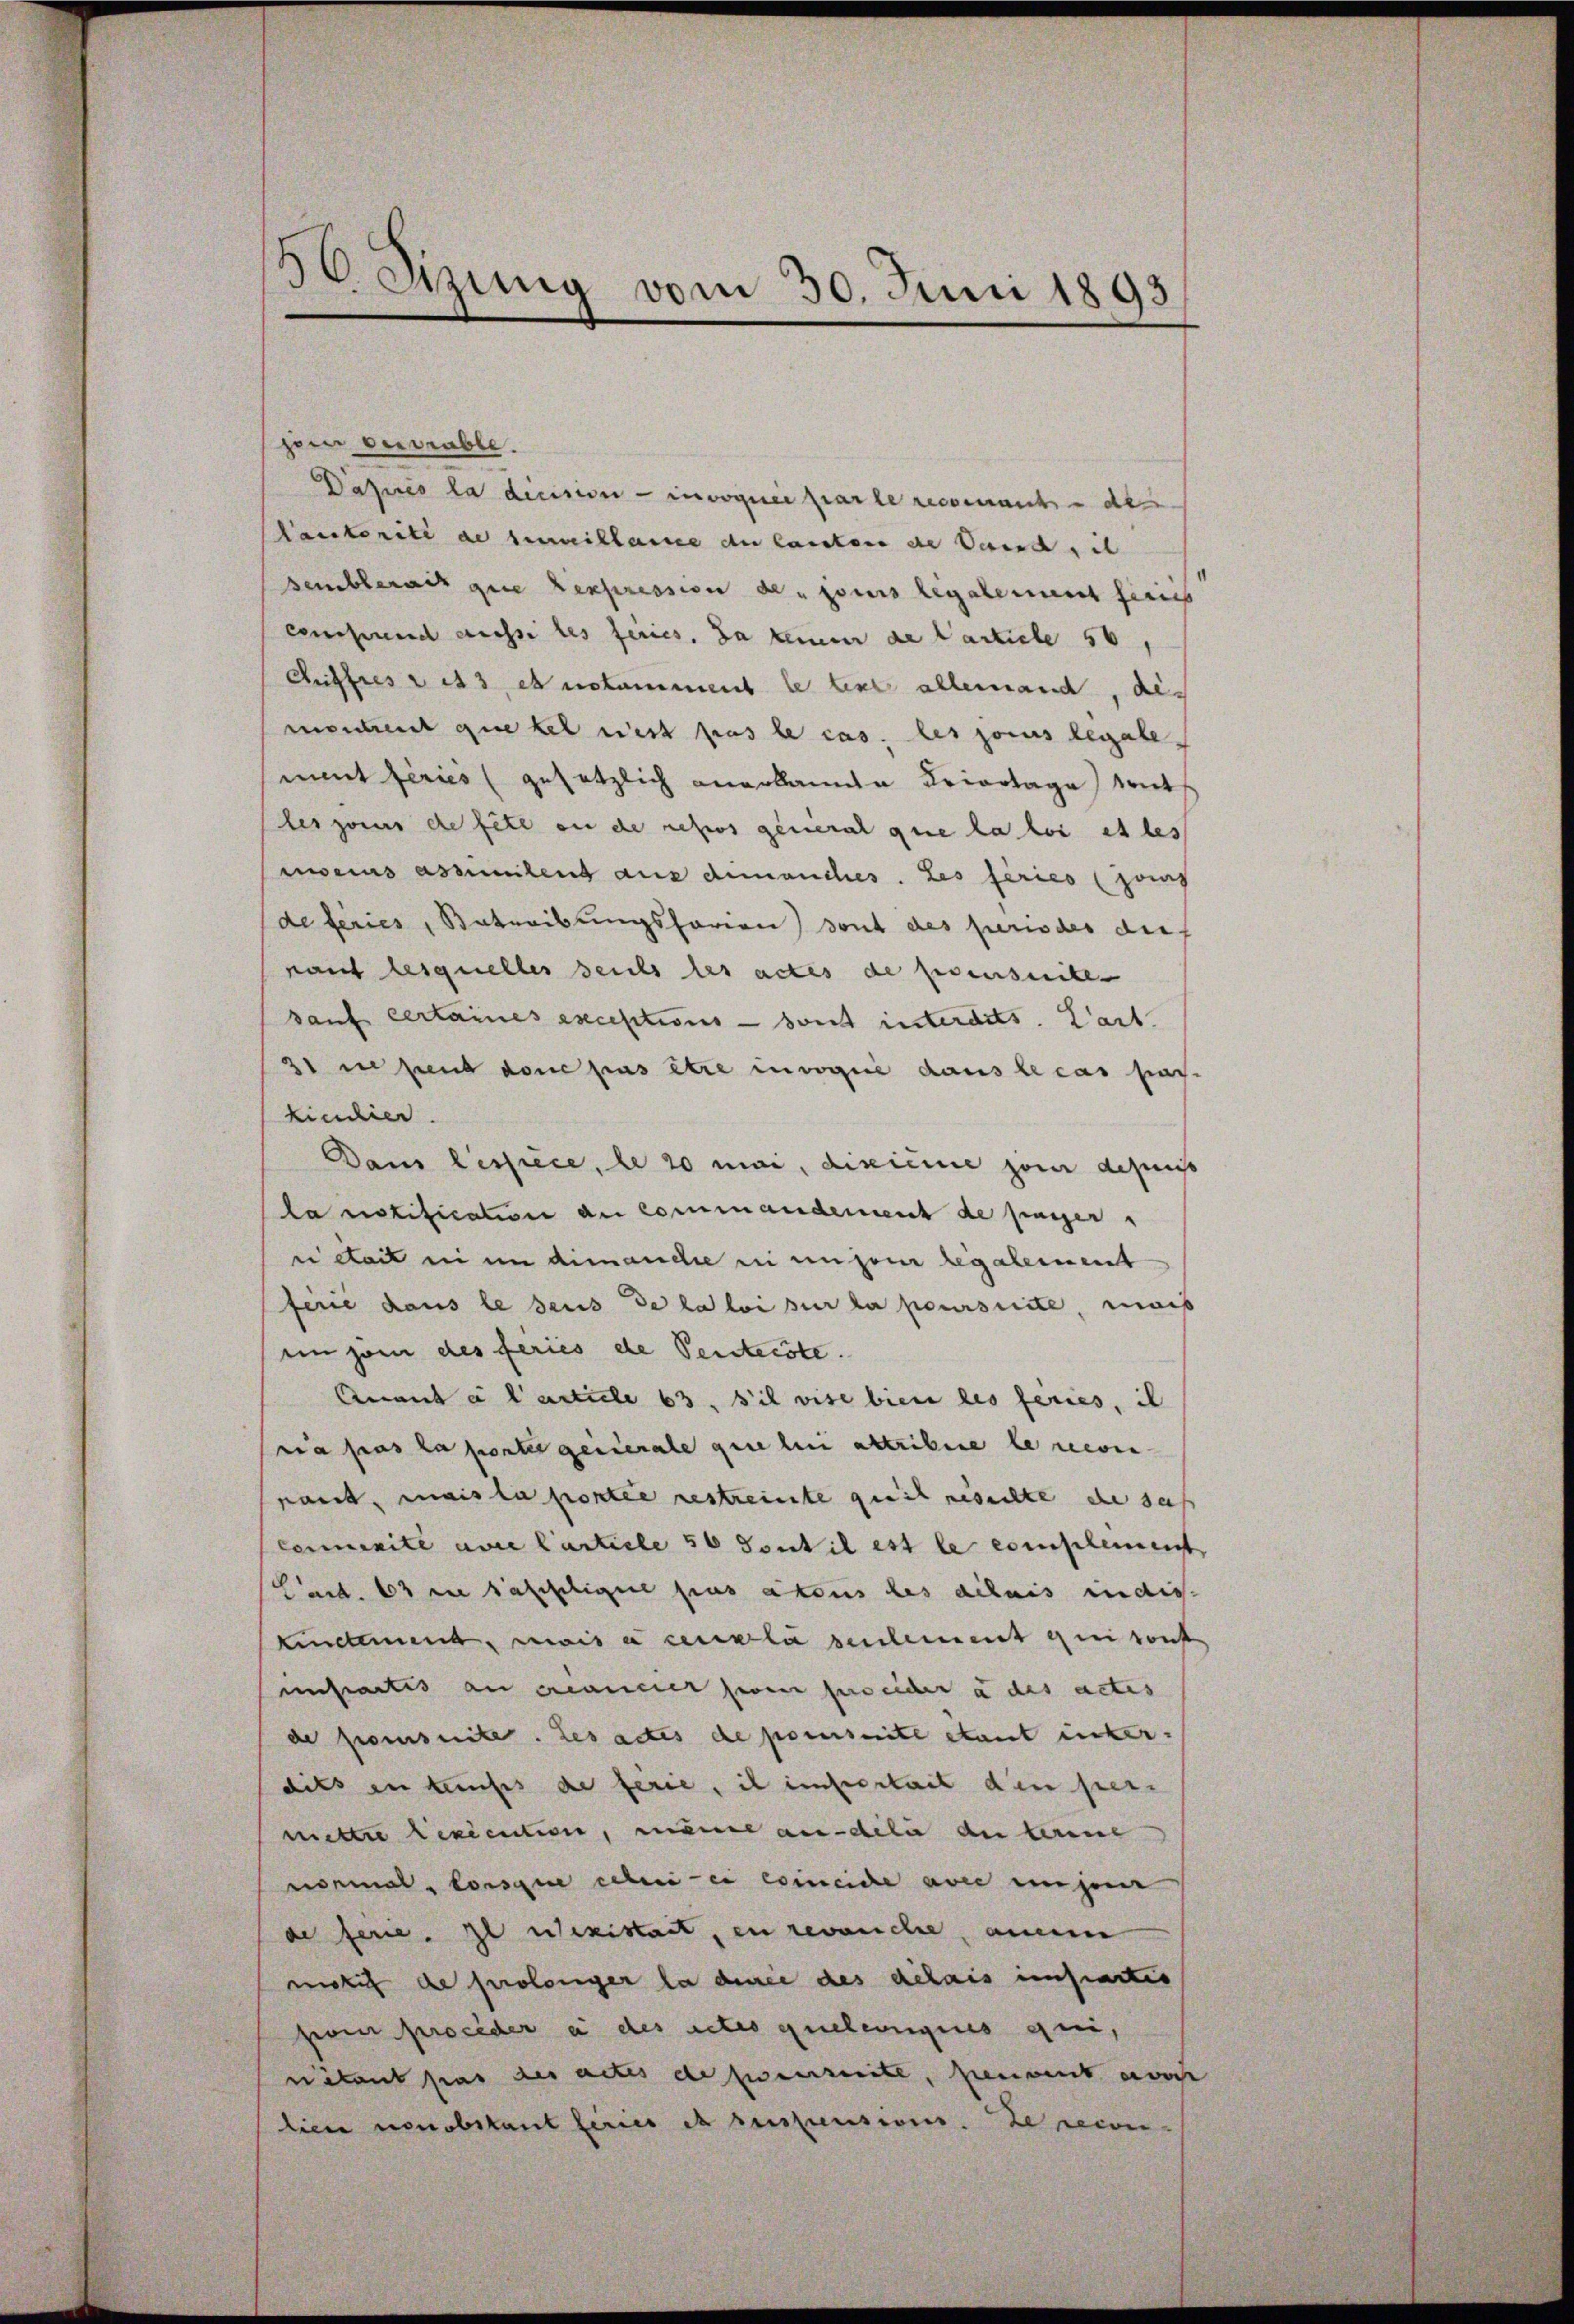
30. Sizung vom 30. Juni 1893

peen verable.
Dasuis la decision - invoquée par le recomant des
autorité de surveillanne de lauten die Serend, is
semblerach que expression de pouis legalement firnis
consund aussi les feries, da keinen de Particle 50
Affres et 3, et notamment le text allemand, dis
manchent quekel nit pas le cas, les sous legalement feries (gesetzlich anerkannte Kriertage wirt
les sous de file an de repros general que la loi et les
mocius assimilens aus demanches. Les feries auf
de Feries, Betreibungsforien) dont des periodes dienant lesquelles seits des actes de penseite
sauf certaines excestions - sont interdits. Lart.
21 in send den pas être invoque dans le cas paskindier.
Dam Cessiece, le 20 mai, dixicie zum depuiss
la notification an Commandement de fasser
ei Statt in in dimanche in anzen legalement
fene dans le seus de la loi sur la poursuite, mais
einsam des feries de Penterste.
Anant à l’article 63. S’il vise bien les feries, il
ia pas la porter generale que lui attribire le reven
nant, mais la portie gestreite greich gesuchte die saß
Comminité avre Carticle 50 Sont il est le complement
Cact. 13 in sapplique pas a tous des délais indis
Lindament, mais cela seulement sei sonst
instatis au créancier zwei freider a des actes
de promsuite. Les actes de poeseite etaut inter-
dits in tauses de ferie, il impertait den per-
mettre execution, man andeln der terrent
normal lorsque celen er einliche aber eingen
de ferne. Il nexistatt, en revanche aucune
motif de prolonger la dence des délais iftartis
poi proceder à des actes quelcongius qui,
ritant pas des actes de prescrite, peuvent eos
lici nonobstant seines et desstreusees. Le recon